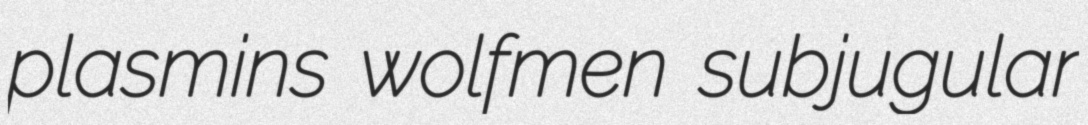
plasmins wolfmen subjugular